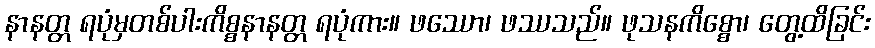
နာနတ္တ ရပုံမှတစ်ပါးကိစ္စနာနတ္တ ရပုံကား။ ဖဿော၊ ဖဿသည်။ ဖုသနကိစ္စော၊ တွေ့ထိခြင်း